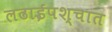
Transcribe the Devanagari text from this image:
लढाईपश्चात